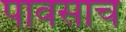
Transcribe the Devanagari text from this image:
पावसाच